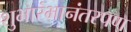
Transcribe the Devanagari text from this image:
शुभारंभानंतरपण